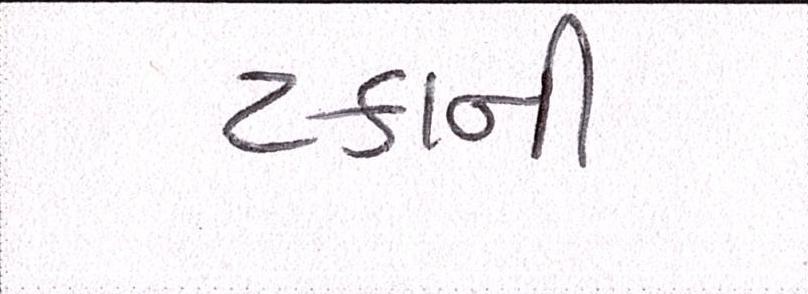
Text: ટકાની